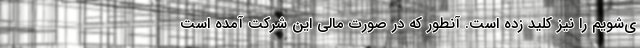
ی‌شویم را نیز کلید زده است. آنطور که در صورت مالی این شرکت آمده است